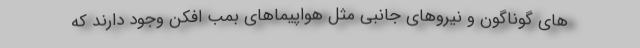
های گوناگون و نیروهای جانبی مثل هواپیماهای بمب افکن وجود دارند که